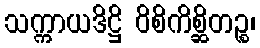
သက္ကာယဒိဋ္ဌိ ဝိစိကိစ္ဆိတဉ္စ၊